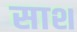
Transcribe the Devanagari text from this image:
साश